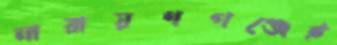
নারায়ণগঞ্জেই